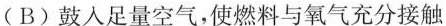
(B)鼓入足量空气，使燃料与氧气充分接触